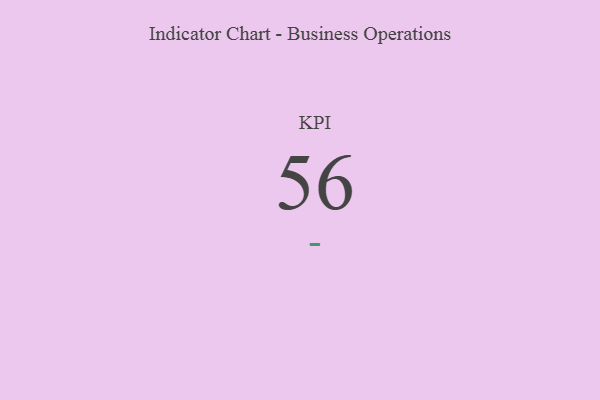
{"axis": {"x": "KPI", "y": "Value"}, "legend": [""], "data": [{"x": "KPI", "y": 56, "type": ""}]}